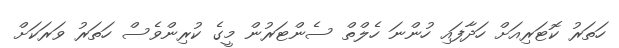
ހަތަރު ކޮޓަރިއަށް ހަދާފައި ހުންނަ ހެލްތް ސެންޓަރުން މީގެ ކުރިންވެސް ހަތަރު ވަރަކަށް